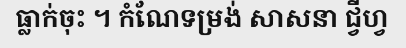
ធ្លាក់ចុះ ។ កំណែទម្រង់ សាសនា ជ្វីហ្វ